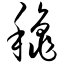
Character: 秋